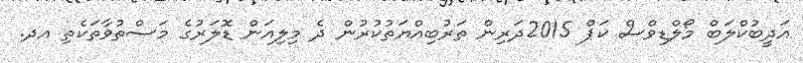
އަދީބުކްލަބް މޯލްޑިވްސް ކަޕް 2015ދަރިން ތަރުބިއްޔަތުކުރުން ދެ މިލިއަން ޑޮލަރުގެ މަސްތުވާތަކެތި އދ.